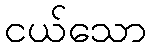
ငယ်သော